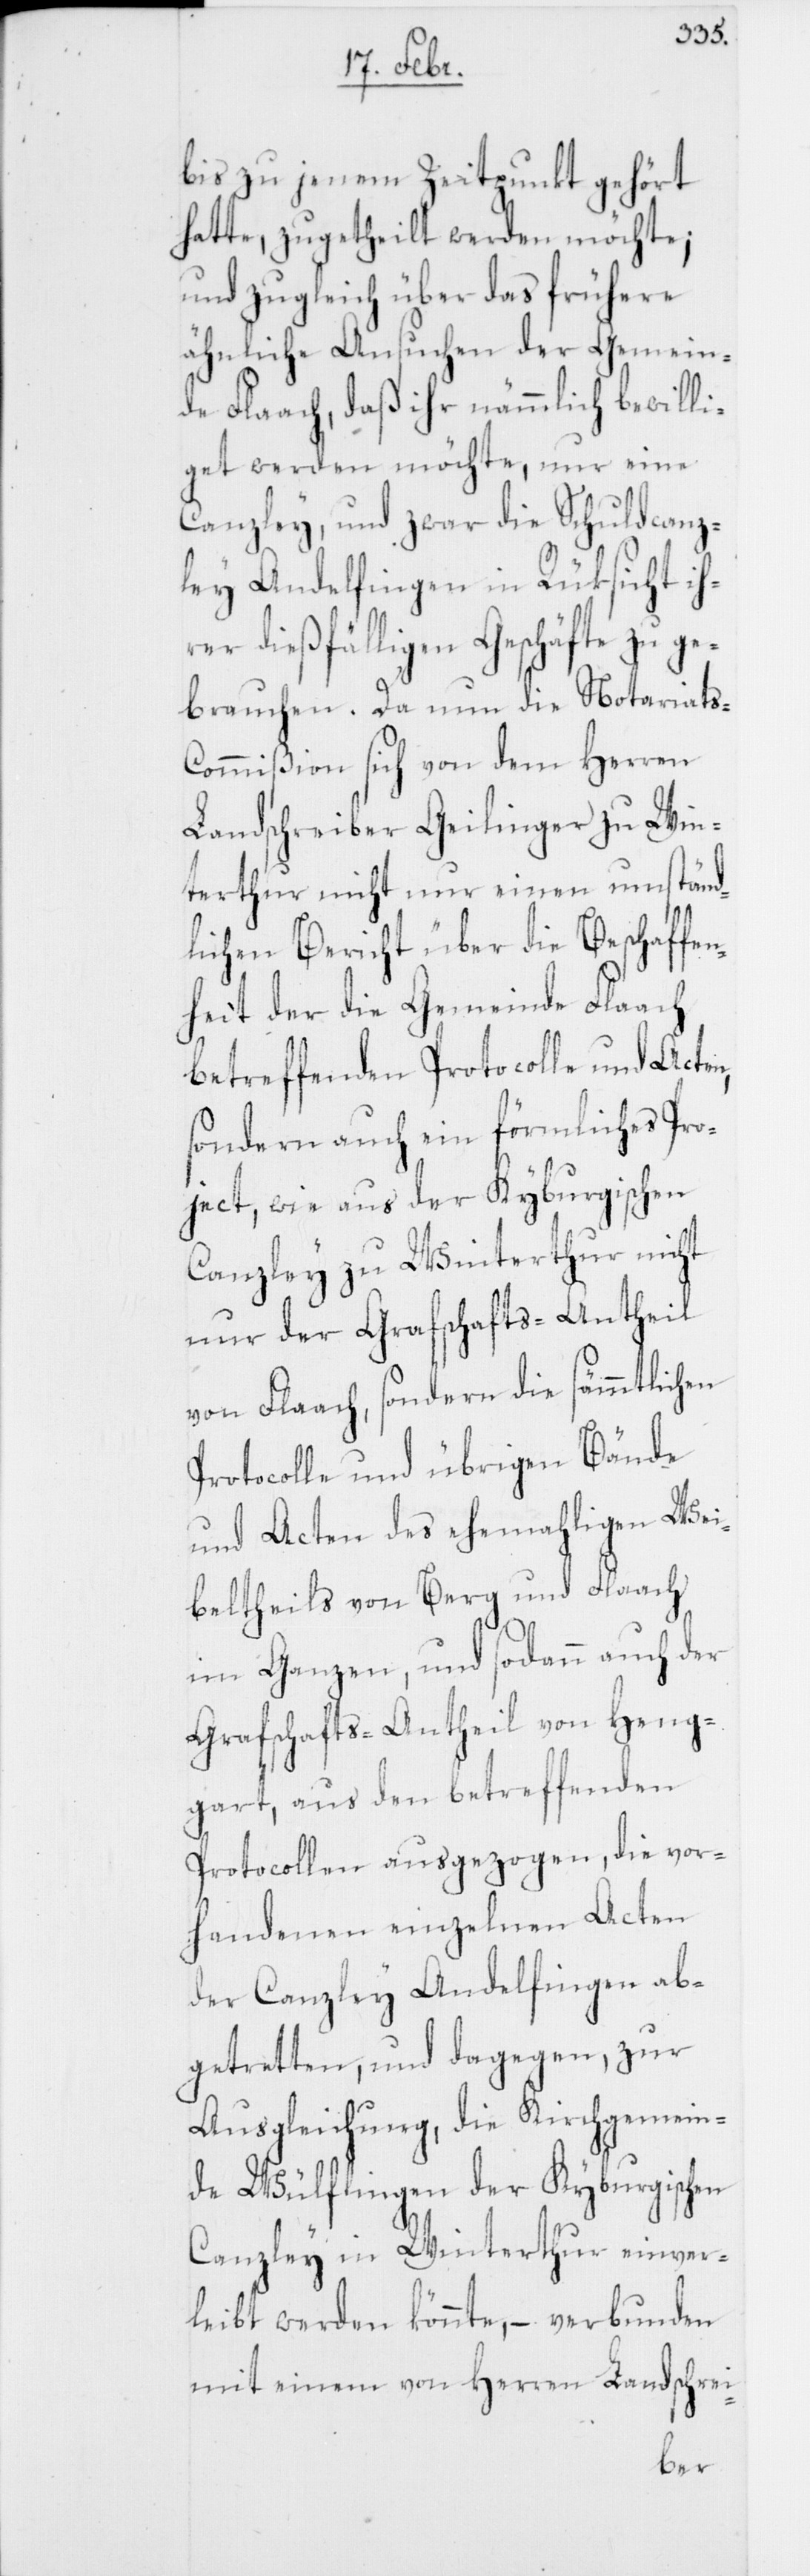
bis zu jenem Zeitpunkt gehört
hatte, zugetheilt werden möchte;
und zugleich über das frühere
ähnliche Ansuchen der Gemein¬
de Flaach, daß ihr nämmlich bewilli¬
get werden möchte, nur eine
Canzley, und zwar die Schuldcanz¬
ley Andelfingen in Rüksicht ih¬
rer dießfälligen Geschäfte zu ge¬
brauchen. Da nun die Notariats-C¬
ommißion sich von dem Herren
Landschreiber Geilinger zu Win¬
terthur nicht nur einen umständ¬
lichen Bericht über die Beschaffe¬
nheit der die Gemeinde Flaach
betreffenden Protocolle und Acten,
sondern auch ein förmliches Pro¬
ject, wie aus der Kyburgischen
Canzley zu Winterthur nicht
nur der Grafschafts-Antheil
von Flaach, sondern die sämmtlichen
Protocolle und übrigen Bände
und Acten des ehemahligen Wei¬
beltheils von Berg und Flaach
im Ganzen, und sodann auch der
Grafschafts-Antheil von Heng¬
gart, aus den betreffenden
Protocollen ausgezogen, die vor¬
handenen einzelnen Acten
der Canzley Andelfingen ab¬
getretten, und dagegen, zur
Ausgleichung, die Kirchgemein¬
de Wülflingen der Kyburgischen
Canzley in Winterthur einver¬
leibt werden könnte, – verbunden
mit einem von Herren Landschrei-